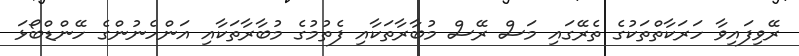
ރޭވިފައިވާ ހަރަކާތްތަކުގެ ތެރޭގައި މަސް ރޭސް މުބާރާތަކާއި ފެތުމުގެ މުބާރާތަކާއި އަންހެނުންގެ ހޭންޑްބޯޅަ